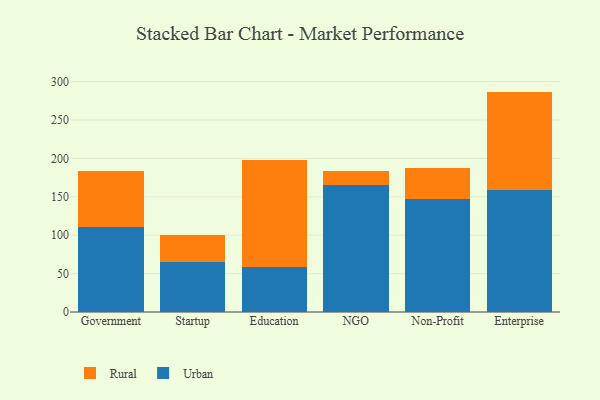
{"axis": {"x": "Segment", "y": "Gross Profit (USD K)"}, "legend": ["Rural", "Urban"], "data": [{"x": "Government", "y": 111.0, "type": "Urban"}, {"x": "Government", "y": 72.6, "type": "Rural"}, {"x": "Startup", "y": 65.5, "type": "Urban"}, {"x": "Startup", "y": 34.3, "type": "Rural"}, {"x": "Education", "y": 58.9, "type": "Urban"}, {"x": "Education", "y": 138.9, "type": "Rural"}, {"x": "NGO", "y": 165.8, "type": "Urban"}, {"x": "NGO", "y": 18.1, "type": "Rural"}, {"x": "Non-Profit", "y": 147.6, "type": "Urban"}, {"x": "Non-Profit", "y": 40.1, "type": "Rural"}, {"x": "Enterprise", "y": 159.4, "type": "Urban"}, {"x": "Enterprise", "y": 127.6, "type": "Rural"}]}